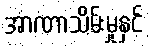
အာဏာသိမ်းမှုနှင့်